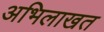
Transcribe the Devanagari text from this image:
अभिलाखत